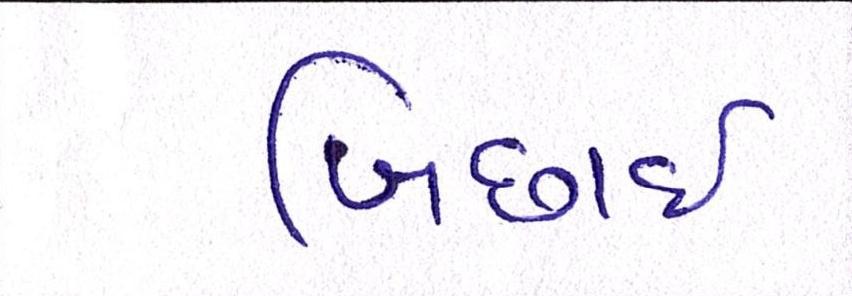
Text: બિછાઇ